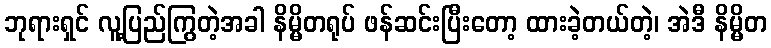
ဘုရားရှင် လူ့ပြည်ကြွတဲ့အခါ နိမ္မိတရုပ် ဖန်ဆင်းပြီးတော့ ထားခဲ့တယ်တဲ့၊ အဲဒီ နိမ္မိတ